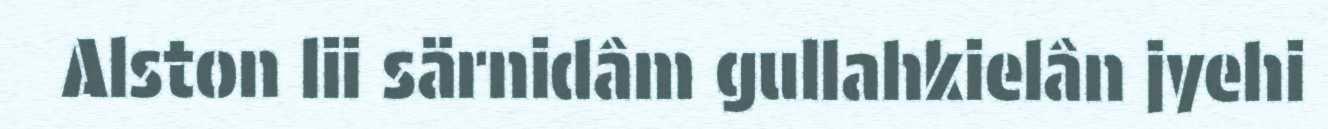
Alston lii särnidâm gullahkielân jyehi